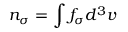
n _ { \sigma } = \int f _ { \sigma } d ^ { 3 } v